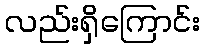
လည်းရှိကြောင်း